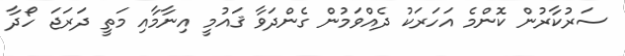
ސަރުކާރުން ކޮންމެ އަހަރަކު ދެއްވަމުން ގެންދަވާ ޤައުމީ އިނާމާއި މަތީ ދަރަޖަ ހޯދާ